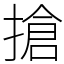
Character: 搶